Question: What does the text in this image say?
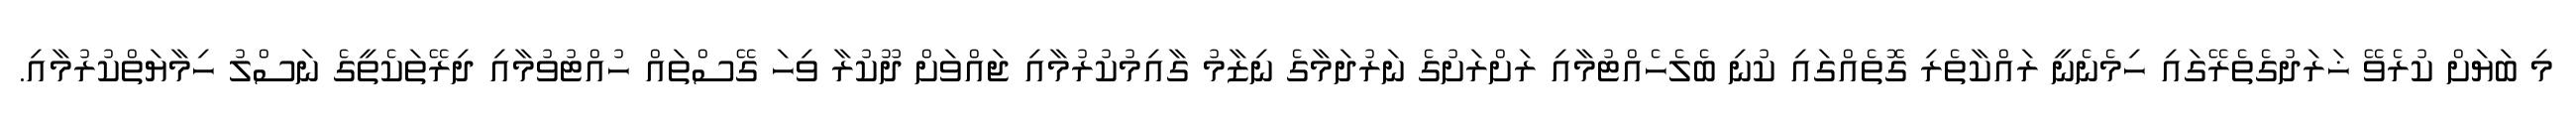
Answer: މި ބަޔަށް ކުރެވޭ ޚަރަދުގެތެރޭގައި ހިމެނެނީ ރައްކާތެރި ގޮތެއްގައި ކުނި ބެލެހެއްޓުމާއި ރަށްރަށުގެ ނަރުދަމާގެ ނިޒާމު ގާއިމުކުރުމާއި ޖައްވަށް ދޫކުރާ ވިހަ ގޭސްތައް ހުއްޓުވުމާއި ދިރޭތަކެތީގެ ނަސްލު ހިމާޔަތްކުރުމާއި.